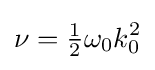
\nu ={\tfrac {1}{2}}\omega _{0}k_{0}^{2}